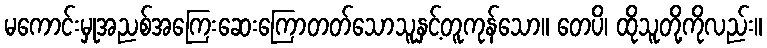
မကောင်းမှုအညစ်အကြေးဆေးကြောတတ်သောသူနှင့်တူကုန်သော။ တေပိ၊ ထိုသူတို့ကိုလည်း။